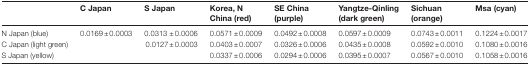
<table><thead><tr><td></td><td><b>C Japan</b></td><td><b>S Japan</b></td><td><b>Korea, N China (red)</b></td><td><b>SE China (purple)</b></td><td><b>Yangtze-Qinling (dark green)</b></td><td><b>Sichuan (orange)</b></td><td><b>Msa (cyan)</b></td></tr></thead><tbody><tr><td>N Japan (blue)</td><td>0.0169±0.0003</td><td>0.0313 ±0.0006</td><td>0.0571±0.0009</td><td>0.0492±0.0008</td><td>0.0597±0.0009</td><td>0.0743±0.0011</td><td>0.1224±0.0017</td></tr><tr><td>C Japan (light green)</td><td></td><td>0.0127±0.0003</td><td>0.0403±0.0007</td><td>0.0326±0.0006</td><td>0.0435±0.0008</td><td>0.0592±0.0010</td><td>0.1080±0.0016</td></tr><tr><td>S Japan (yellow)</td><td></td><td></td><td>0.0337±0.0006</td><td>0.0294±0.0006</td><td>0.0395±0.0007</td><td>0.0567±0.0010</td><td>0.1058±0.0016</td></tr></tbody></table>